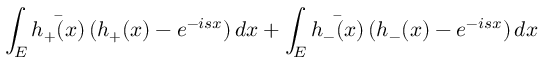
\int _ { E } \bar { h _ { + } ( x ) } \, ( h _ { + } ( x ) - e ^ { - i s x } ) \, d x + \int _ { E } \bar { h _ { - } ( x ) } \, ( h _ { - } ( x ) - e ^ { - i s x } ) \, d x